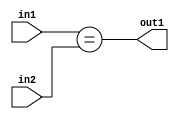
`timescale 1ps / 1ps
/*****************************************************************************
    Verilog RTL Description
    
    
    Created by: Stratus DpOpt 21.05.01 
*******************************************************************************/

module dut_Equal_3Ux2U_1U_1 (
	in2,
	in1,
	out1
	); /* architecture "behavioural" */ 
input [2:0] in2;
input [1:0] in1;
output  out1;
wire  asc001;

assign asc001 = (in1==in2);

assign out1 = asc001;
endmodule

/* CADENCE  urnxSAg= : u9/ySxbfrwZIxEzHVQQV8Q== ** DO NOT EDIT THIS LINE ******/